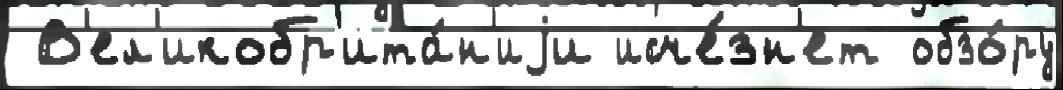
 В'ел'икобр'ита́н'иjи исче́зн'ет обзо́ру